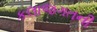
કલાજગતની